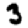
Digit: 3